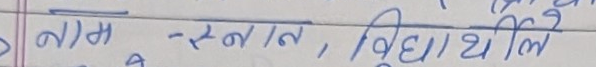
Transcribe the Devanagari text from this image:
नामा - स्नात, विद्यार्थी